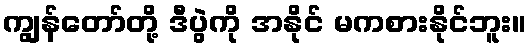
ကျွန်တော်တို့ ဒီပွဲကို အနိုင် မကစားနိုင်ဘူး။